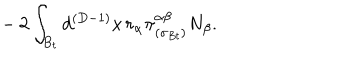
~ ~ ~ - 2 \int _ { B _ { t } } d ^ { ( D - 1 ) } x \, r _ { \alpha } \pi _ { ( \sigma _ { B t } ) } ^ { \alpha \beta } N _ { \beta } .